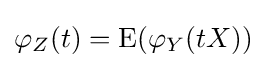
\varphi _{Z}(t)=\operatorname {E} (\varphi _{Y}(tX))